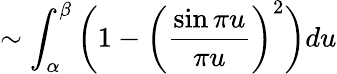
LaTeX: \sim\int_{\alpha}^{\beta}\left(1-{\biggl(}{\frac{\sin{\pi u}}{\pi u}}{\biggr)}^{2}\right)du